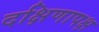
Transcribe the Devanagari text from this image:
दक्षिणापक्ष